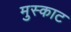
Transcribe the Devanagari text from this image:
मुस्काट